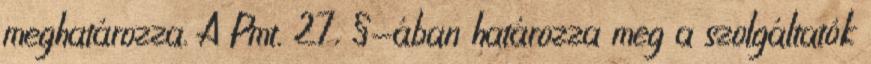
meghatározza. A Pmt. 27. §-ában határozza meg a szolgáltatók